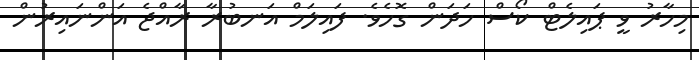
މިހާރު ވީ ޕައިލެޓް ކޯސް ހަދަން ގޮހެވެ. ފައިލަމް އަނބުރާ ރާއްޖެ އަންނައިރުން